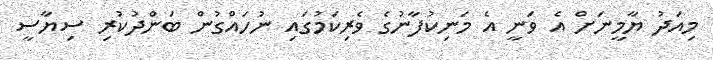
މިއަދު ޔާމީނަށް އެ ވަނީ އެ މަނިކުފާނުގެ ވެރިކަމުގައި ނުހައްގުން ބަންދުކުރި ސިޔާސީ